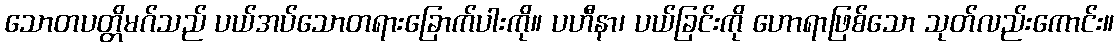
သောတပတ္တိမဂ်သည် ပယ်အပ်သောတရားခြောက်ပါးကို။ ပဟီနာ၊ ပယ်ခြင်းကို ဟောရာဖြစ်သော သုတ်လည်းကောင်း။